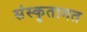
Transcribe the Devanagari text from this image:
संस्कृतागत